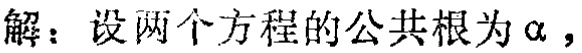
解：设两个方程的公共根为\(\alpha\)，